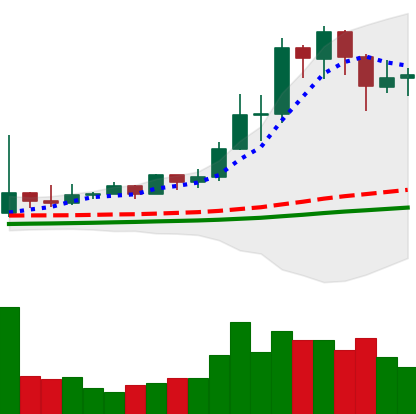
Ticker: TRX-USD
Chart end date: 2021-02-17
Forward return: 3.369%
Label: up_3_5